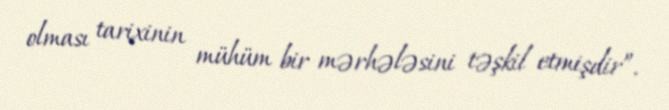
olması tarixinin mühüm bir mərhələsini təşkil etmişdir”.